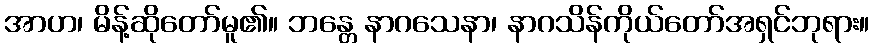
အာဟ၊ မိန့်ဆိုတော်မူ၏။ ဘန္တေ နာဂသေနာ၊ နာဂသိန်ကိုယ်တော်အရှင်ဘုရား။